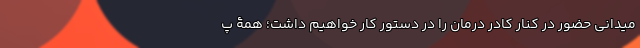
میدانی حضور در کنار کادر درمان را در دستور کار خواهیم داشت؛ همۀ پ